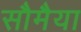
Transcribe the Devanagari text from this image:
सौमैया